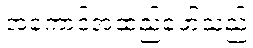
အကောင်အထည်ဖော်သည်